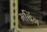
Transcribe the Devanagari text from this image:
मबिंग